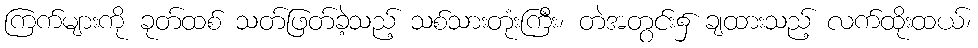
ကြက်များကို ခုတ်ထစ် သတ်ဖြတ်ခဲ့သည့် သစ်သားတုံးကြီး၊ တဲအတွင်း၌ ချထားသည့် လက်ထိုးထယ်၊